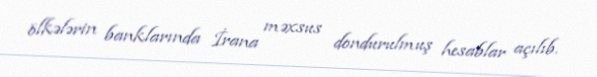
ölkələrin banklarında İrana məxsus dondurulmuş hesablar açılıb.